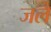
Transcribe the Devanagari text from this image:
जलै